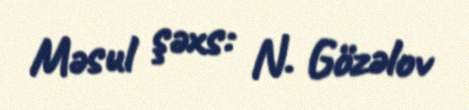
Məsul şəxs: N. Gözəlov